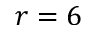
r = 6